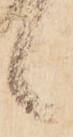
候